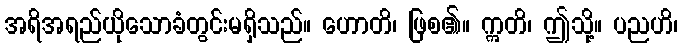
အရိအရည်ယိုသောခံတွင်းမရှိသည်။ ဟောတိ၊ ဖြစ၏။ ဣတိ၊ ဤသို့။ ပညဟိ၊